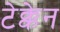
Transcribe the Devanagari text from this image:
टेक्केन